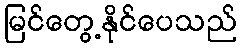
မြင်တွေ့နိုင်ပေသည်